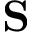
\mathbf { S }